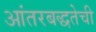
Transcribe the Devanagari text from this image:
आंतरबद्धतेची